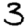
Digit: 3